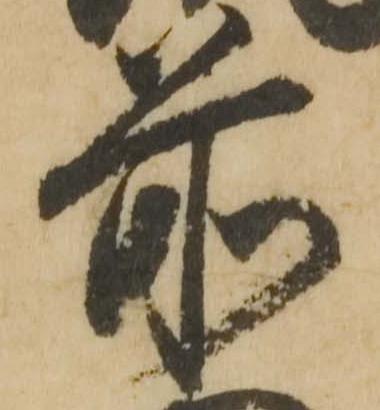
前